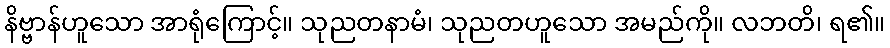
နိဗ္ဗာန်ဟူသော အာရုံကြောင့်။ သုညတနာမံ၊ သုညတဟူသော အမည်ကို။ လဘတိ၊ ရ၏။